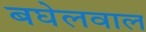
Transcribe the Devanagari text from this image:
बघेलवाल